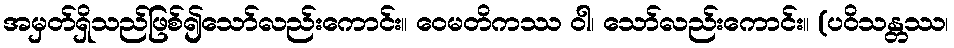
အမှတ်ရှိသည်ဖြစ်၍သော်လည်းကောင်း။ ဝေမတိကဿ ဝါ၊ သော်လည်းကောင်း။ (ပဝိသန္တဿ၊